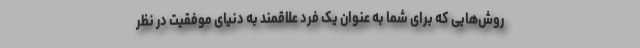
روش‌هایی که برای شما به عنوان یک فرد علاقمند به دنیای موفقیت در نظر